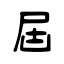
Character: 屆